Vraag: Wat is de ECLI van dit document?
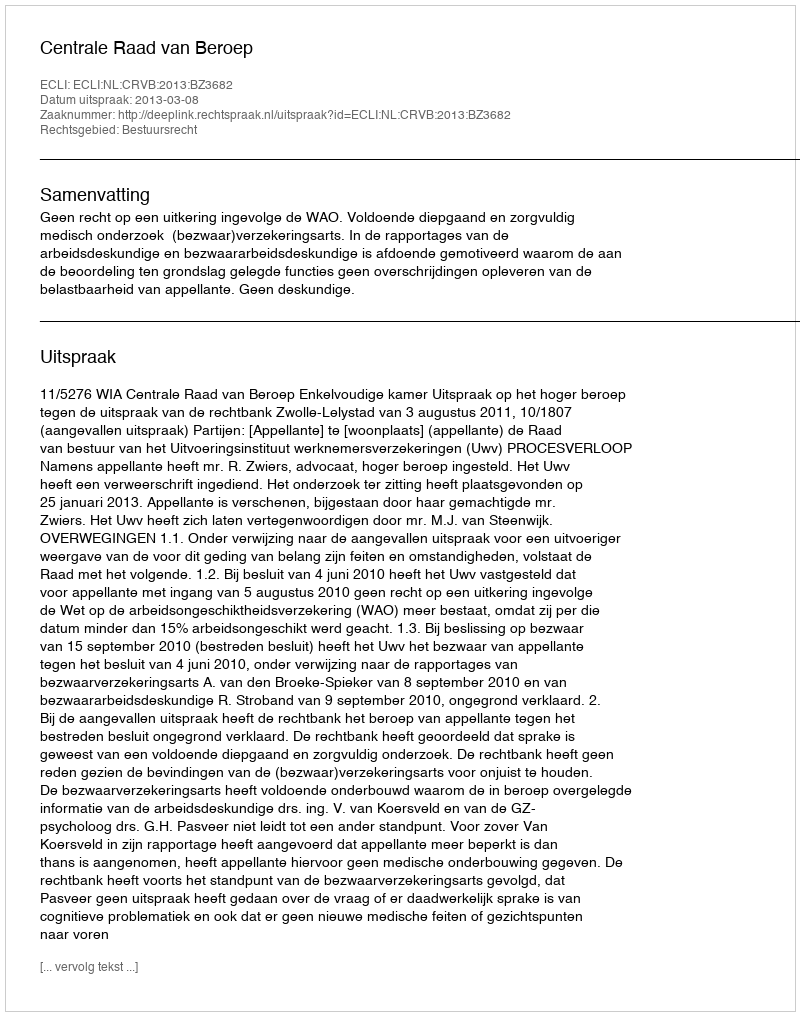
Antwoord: ECLI:NL:CRVB:2013:BZ3682